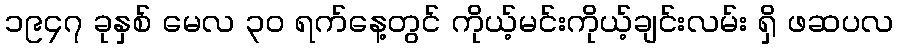
၁၉၄၇ ခုနှစ် မေလ ၃၀ ရက်နေ့တွင် ကိုယ့်မင်းကိုယ့်ချင်းလမ်း ရှိ ဖဆပလ